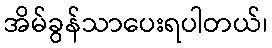
အိမ်ခွန်သာပေးရပါတယ်၊